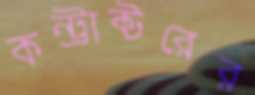
কন্ট্রাক্টরের